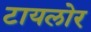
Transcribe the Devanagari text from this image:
टायलोर